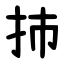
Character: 㧊